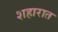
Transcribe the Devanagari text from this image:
शहारात